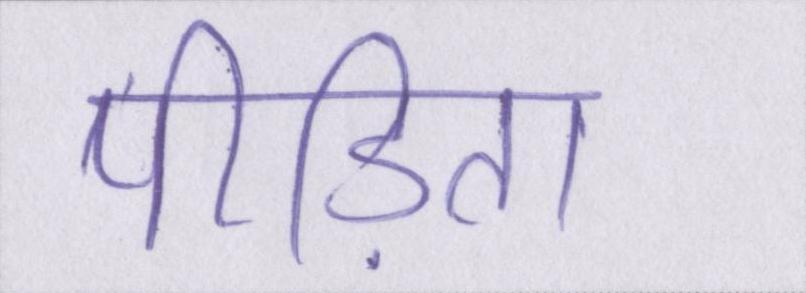
पीड़िता